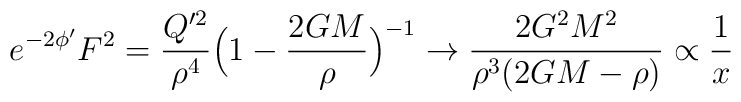
e^{-2\phi'} F^2 = \frac{Q'^2}{\rho^4} \Bigl(1 - \frac{2GM}{\rho}\Bigr)^{-1}\rightarrow \frac{2G^2M^2}{\rho^3(2GM - \rho)} \propto \frac{1}{x}